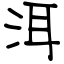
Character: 洱